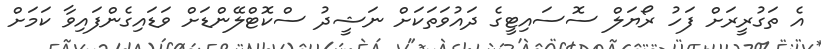
އެ ތަގުރީރަށް ފަހު ރޯޔަލް ސޮސައިޓީގެ ދައުވަތަކަށް ނަޝީދު ސްކޮޓްލޭންޑަށް ވަޑައިގެންފައިވާ ކަމަށް